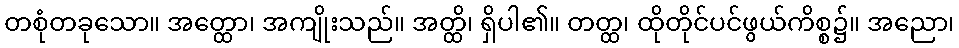
တစုံတခုသော။ အတ္ထော၊ အကျိုးသည်။ အတ္ထိ၊ ရှိပါ၏။ တတ္ထ၊ ထိုတိုင်ပင်ဖွယ်ကိစ္စ၌။ အညော၊